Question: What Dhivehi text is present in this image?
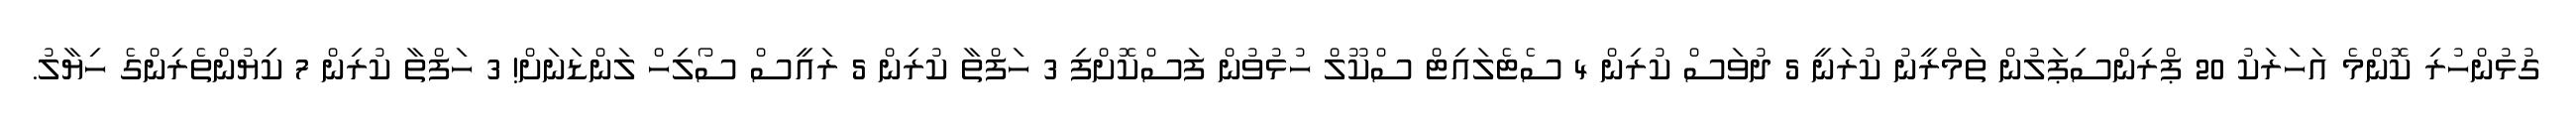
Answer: ގުޅުންހުރި ކޮންމެ އަހަރަކު 20 ޕްރިންސިޕަލުން ތަމްރީނު ކުރަނީ 5 ދުވަސް ކުރިން 4 ސެޓެލައިޓް ސްކޫލް ހުޅުވުން ފަސްކޮށްފި 3 ހަފްތާ ކުރިން 5 ރައީސް ސޯލިހް ލަންޑަނަށް! 3 ހަފްތާ ކުރިން 7 ކިޔުންތެރިންގެ ހިޔާލު.